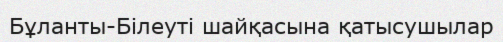
Бұланты-Білеуті шайқасына қатысушылар